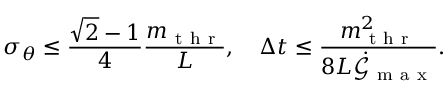
\sigma _ { \boldsymbol { \theta } } \leq \frac { \sqrt { 2 } - 1 } { 4 } \frac { m _ { \mathrm { ~ t ~ h ~ r ~ } } } { L } , \quad \Delta t \leq \frac { m _ { \mathrm { ~ t ~ h ~ r ~ } } ^ { 2 } } { 8 L \dot { \mathcal { G } } _ { \mathrm { ~ m ~ a ~ x ~ } } } .